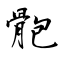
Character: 骲